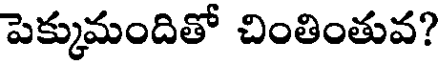
పెక్కుమందితో చింతింతువ?